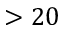
> 2 0